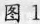
图1